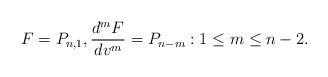
LaTeX: \begin{align*} F=P_{n,1},\frac{d^mF}{dv^m}=P_{n-m}:1\leq m\leq n-2.\end{align*}